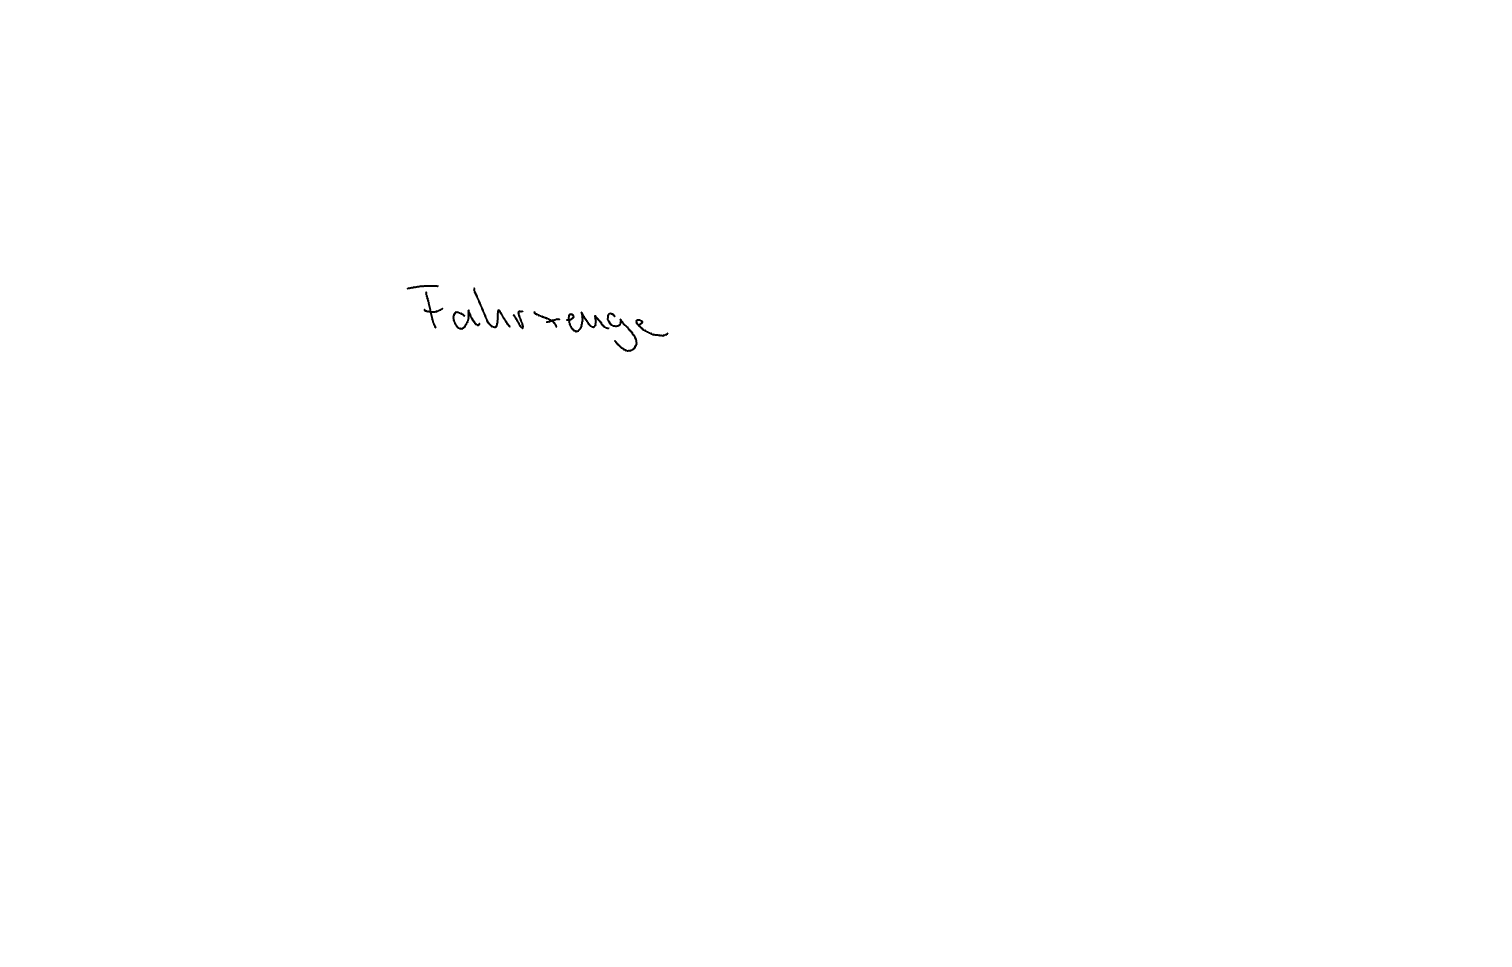
Text: Fahrzeuge